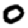
Digit: 0